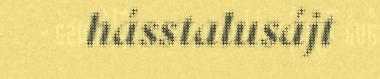
hásstalusájt